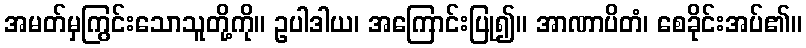
အမတ်မှကြွင်းသောသူတို့ကို။ ဥပါဒါယ၊ အကြောင်းပြု၍။ အာဏာပိတံ၊ စေခိုင်းအပ်၏။